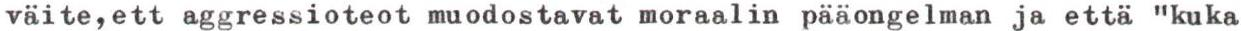
väite,ett aggressioteot muodostavat moraalin pääongelman ja että "kuka